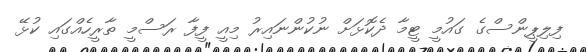
ފިލިޕީންސްގެ ގައުމީ ޓީމާ ދެކޮޅަށް ނުކުންނައިރު މިއީ ފީފާ ރަސްމީ ތާރީހެއްގައި ކުޅޭ